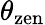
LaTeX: \theta_{\mathrm{zen}}